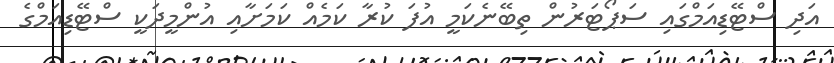
އަދި ސްޓޭޑިއަމްގައި ސަޕޯޓަރުން ތިބޭނެކަމީ އުފަ ކުރާ ކަމެއް ކަމަށާއި އުންމީދަކީ ސްޓޭޑިއަމްގެ